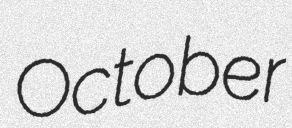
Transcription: October